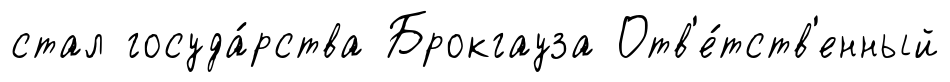
стал госуда́рства Брокгауза Отв'е́тств'енный